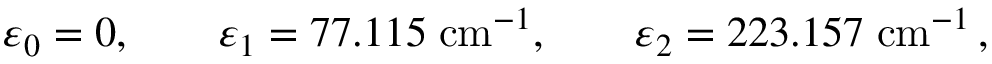
\varepsilon _ { 0 } = 0 , \qquad \varepsilon _ { 1 } = 7 7 . 1 1 5 \; \mathrm { c m } ^ { - 1 } , \qquad \varepsilon _ { 2 } = 2 2 3 . 1 5 7 \; \mathrm { c m } ^ { - 1 } \, ,